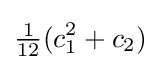
{\tfrac {1}{12}}(c_{1}^{2}+c_{2})